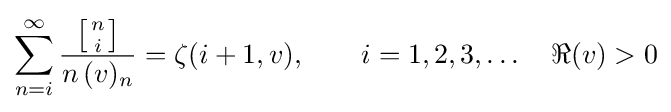
\sum _{n=i}^{\infty }{\frac {\left[{n \atop i}\right]}{n\,(v)_{n}}}=\zeta (i+1,v),\qquad i=1,2,3,\ldots \quad \Re (v)>0